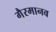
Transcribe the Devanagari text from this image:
गैरमानव